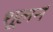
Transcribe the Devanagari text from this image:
शूलर्न